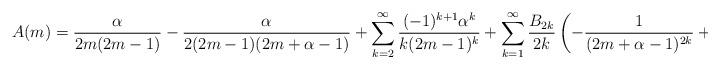
LaTeX: \begin{align*}A (m)= \frac{\alpha}{2m(2m-1)} - \frac{\alpha}{2 ( 2m-1)(2m+\alpha-1)} + \sum_{k=2}^{\infty} \frac{(-1)^{k+1} \alpha^k}{k (2m-1)^k} + \sum_{k=1}^{\infty} \frac{B_{2k}}{2k} \left( - \frac{1}{(2m+\alpha-1)^{2k}} + \frac{1}{(2m-1)^{2k}} \right). \end{align*}